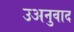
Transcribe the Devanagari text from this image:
उअनुवाद